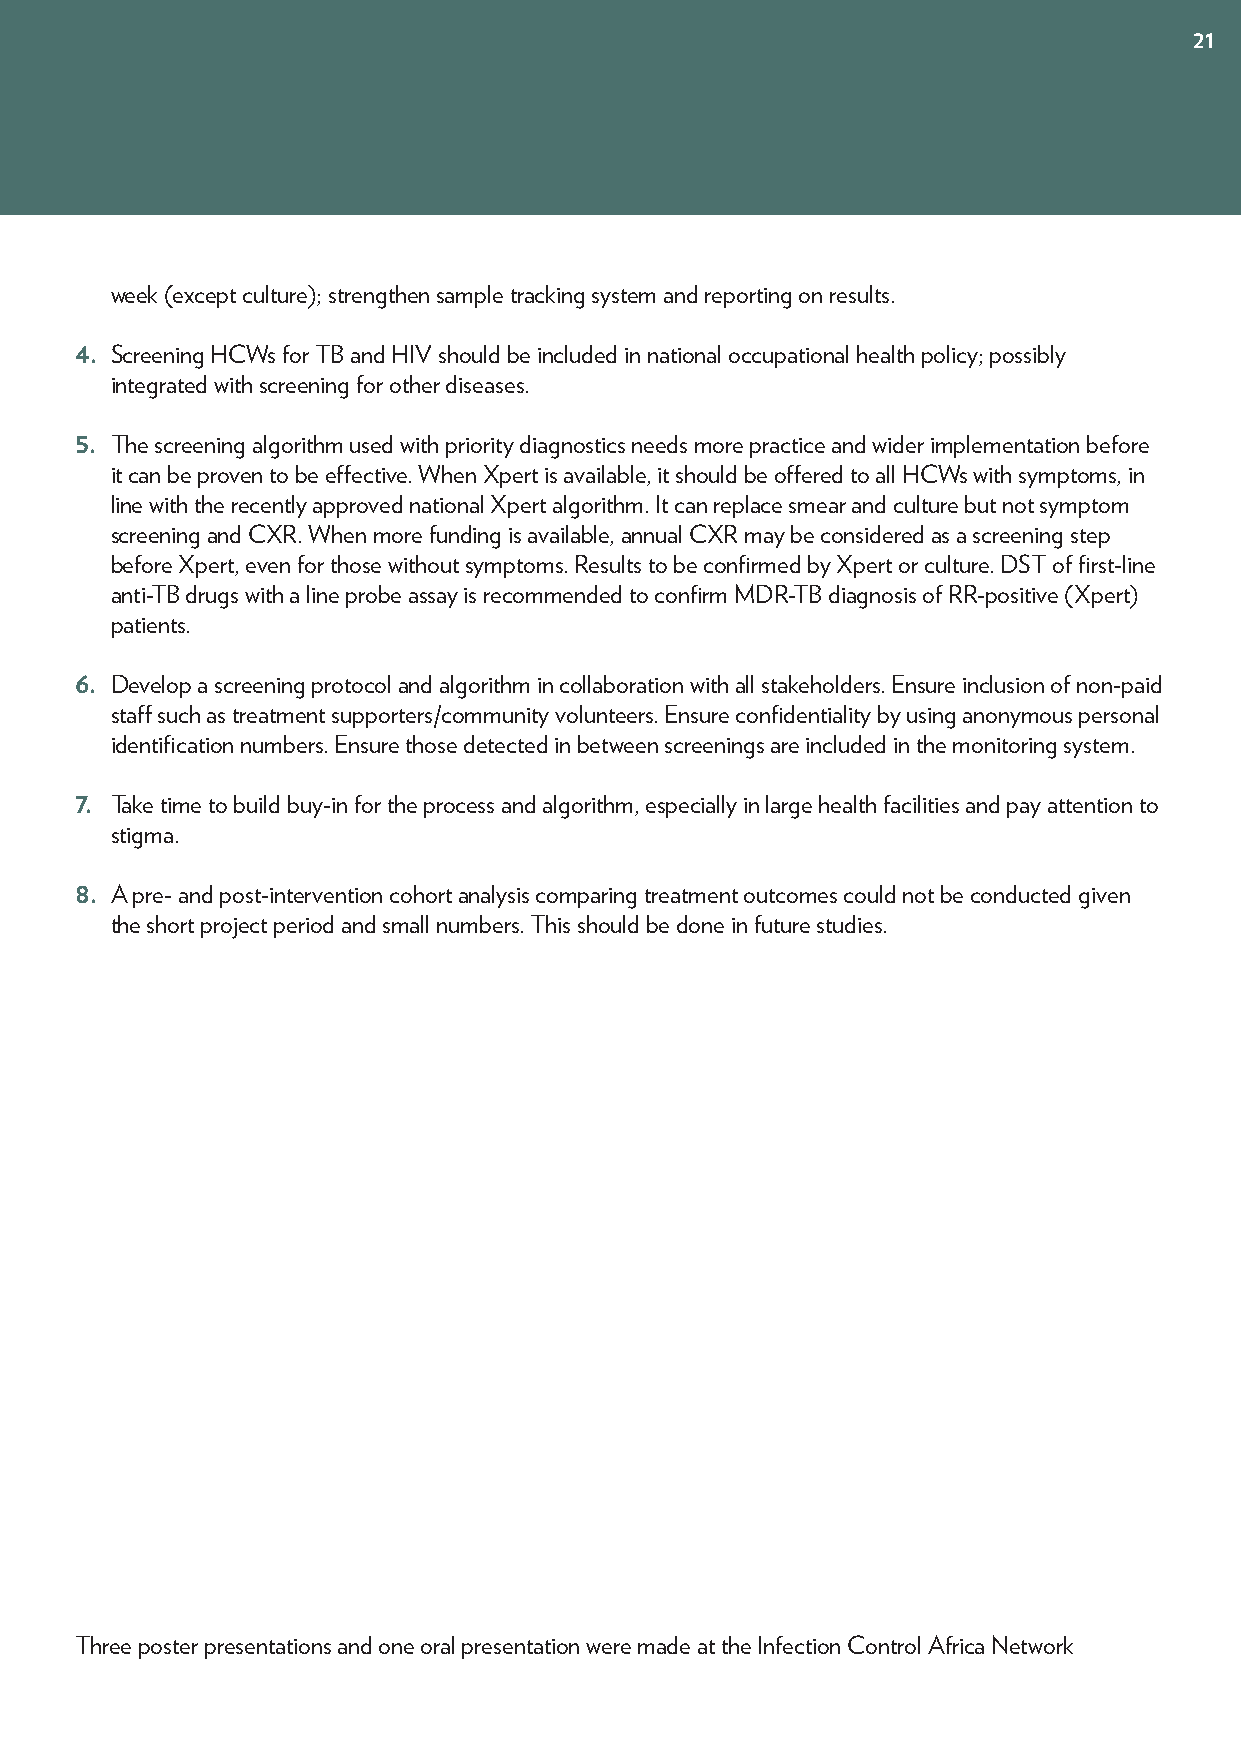
21
 week (except culture); strengthen sample tracking system and reporting on results.
 4. Screening HCWs for TB and HIV should be included in national occupational health policy; possibly
 integrated with screening for other diseases.
 5. The screening algorithm used with priority diagnostics needs more practice and wider implementation before
 it can be proven to be effective. When Xpert is available, it should be offered to all HCWs with symptoms, in
 line with the recently approved national Xpert algorithm. It can replace smear and culture but not symptom
 screening and CXR. When more funding is available, annual CXR may be considered as a screening step
 before Xpert, even for those without symptoms. Results to be confirmed by Xpert or culture. DST of first-line
 anti-TB drugs with a line probe assay is recommended to confirm MDR-TB diagnosis of RR-positive (Xpert)
 patients.
 6. Develop a screening protocol and algorithm in collaboration with all stakeholders. Ensure inclusion of non-paid
 staff such as treatment supporters/community volunteers. Ensure confidentiality by using anonymous personal
 identification numbers. Ensure those detected in between screenings are included in the monitoring system.
 7. Take time to build buy-in for the process and algorithm, especially in large health facilities and pay attention to
 stigma.
 8. A pre- and post-intervention cohort analysis comparing treatment outcomes could not be conducted given
 the short project period and small numbers. This should be done in future studies.
 Three poster presentations and one oral presentation were made at the Infection Control Africa Network